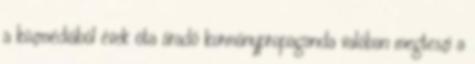
a közmédiából évek óta áradó kormánypropaganda valóban megteszi a